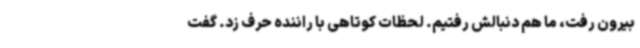
بیرون رفت، ما هم دنبالش رفتیم. لحظات کوتاهی با راننده حرف زد. گفت